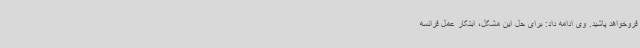
فروخواهد پاشید. وی ادامه داد: برای حل این مشکل، ابتکار عمل فرانسه